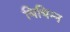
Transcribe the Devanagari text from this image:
भिभिन्न